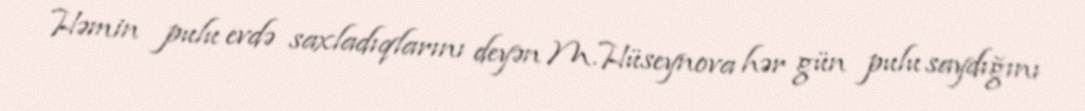
Həmin pulu evdə saxladıqlarını deyən M.Hüseynova hər gün pulu saydığını